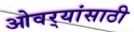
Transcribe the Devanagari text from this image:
ओवर्‍यांसाठी